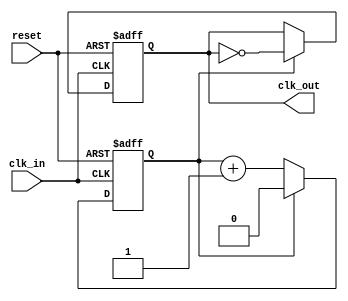
module clock_divider_buffer #(
    parameter DIV_FACTOR = 2 // Default division factor
) (
    input wire clk_in,        // Input clock signal
    input wire reset,         // Asynchronous reset signal
    output reg clk_out        // Output divided clock signal
);

    reg [$clog2(DIV_FACTOR)-1:0] counter; // Counter to track clock cycles

    always @(posedge clk_in or posedge reset) begin
        if (reset) begin
            counter <= 0;     // Reset counter to 0
            clk_out <= 0;     // Reset output clock to 0
        end else begin
            if (counter == (DIV_FACTOR - 1)) begin
                clk_out <= ~clk_out; // Toggle output clock
                counter <= 0;         // Reset counter
            end else begin
                counter <= counter + 1; // Increment counter
            end
        end
    end

endmodule